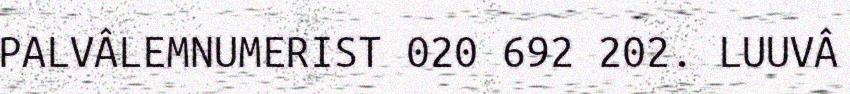
PALVÂLEMNUMERIST 020 692 202. LUUVÂ